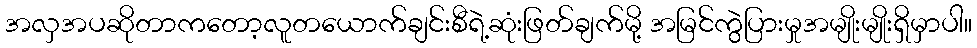
အလှအပဆိုတာကတော့လူတယောက်ချင်းစီရဲ့ဆုံးဖြတ်ချက်မို့ အမြင်ကွဲပြားမှုအမျိုးမျိုးရှိမှာပါ။